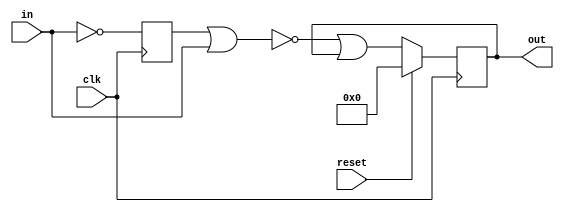
module top_module (
    input clk,
    input reset,
    input [31:0] in,
    output [31:0] out
);
    reg [31:0] in_temp;
    always @ (posedge clk)
        begin
             in_temp <= ~ in;
        end
    always @ (posedge clk)
        begin
            if(reset) begin
                out <= 0;
            end
            else begin
                out <= ~ (in_temp | in) | out;
            end
        end
            
endmodule